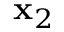
\mathbf { x } _ { 2 }